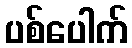
ပစ်ပေါက်